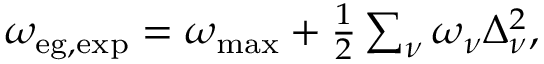
\begin{array} { r } { \omega _ { \mathrm { e g , e x p } } = \omega _ { \mathrm { m a x } } + \frac 1 2 \sum _ { \nu } \omega _ { \nu } \Delta _ { \nu } ^ { 2 } , } \end{array}